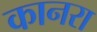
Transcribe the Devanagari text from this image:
कानरा